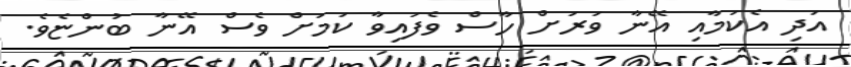
އަދި އެކަމާއި އޭނާ ވަރަށް ހާސް ވެފައިވާ ކަމަށް ވެސް އޭނާ ބުންޏެވެ.